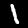
Digit: 1